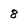
Character: 8